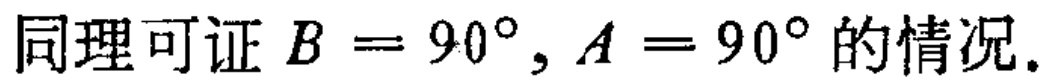
同理可证 \(B = 90^{\circ}, A = 90^{\circ}\) 的情况.